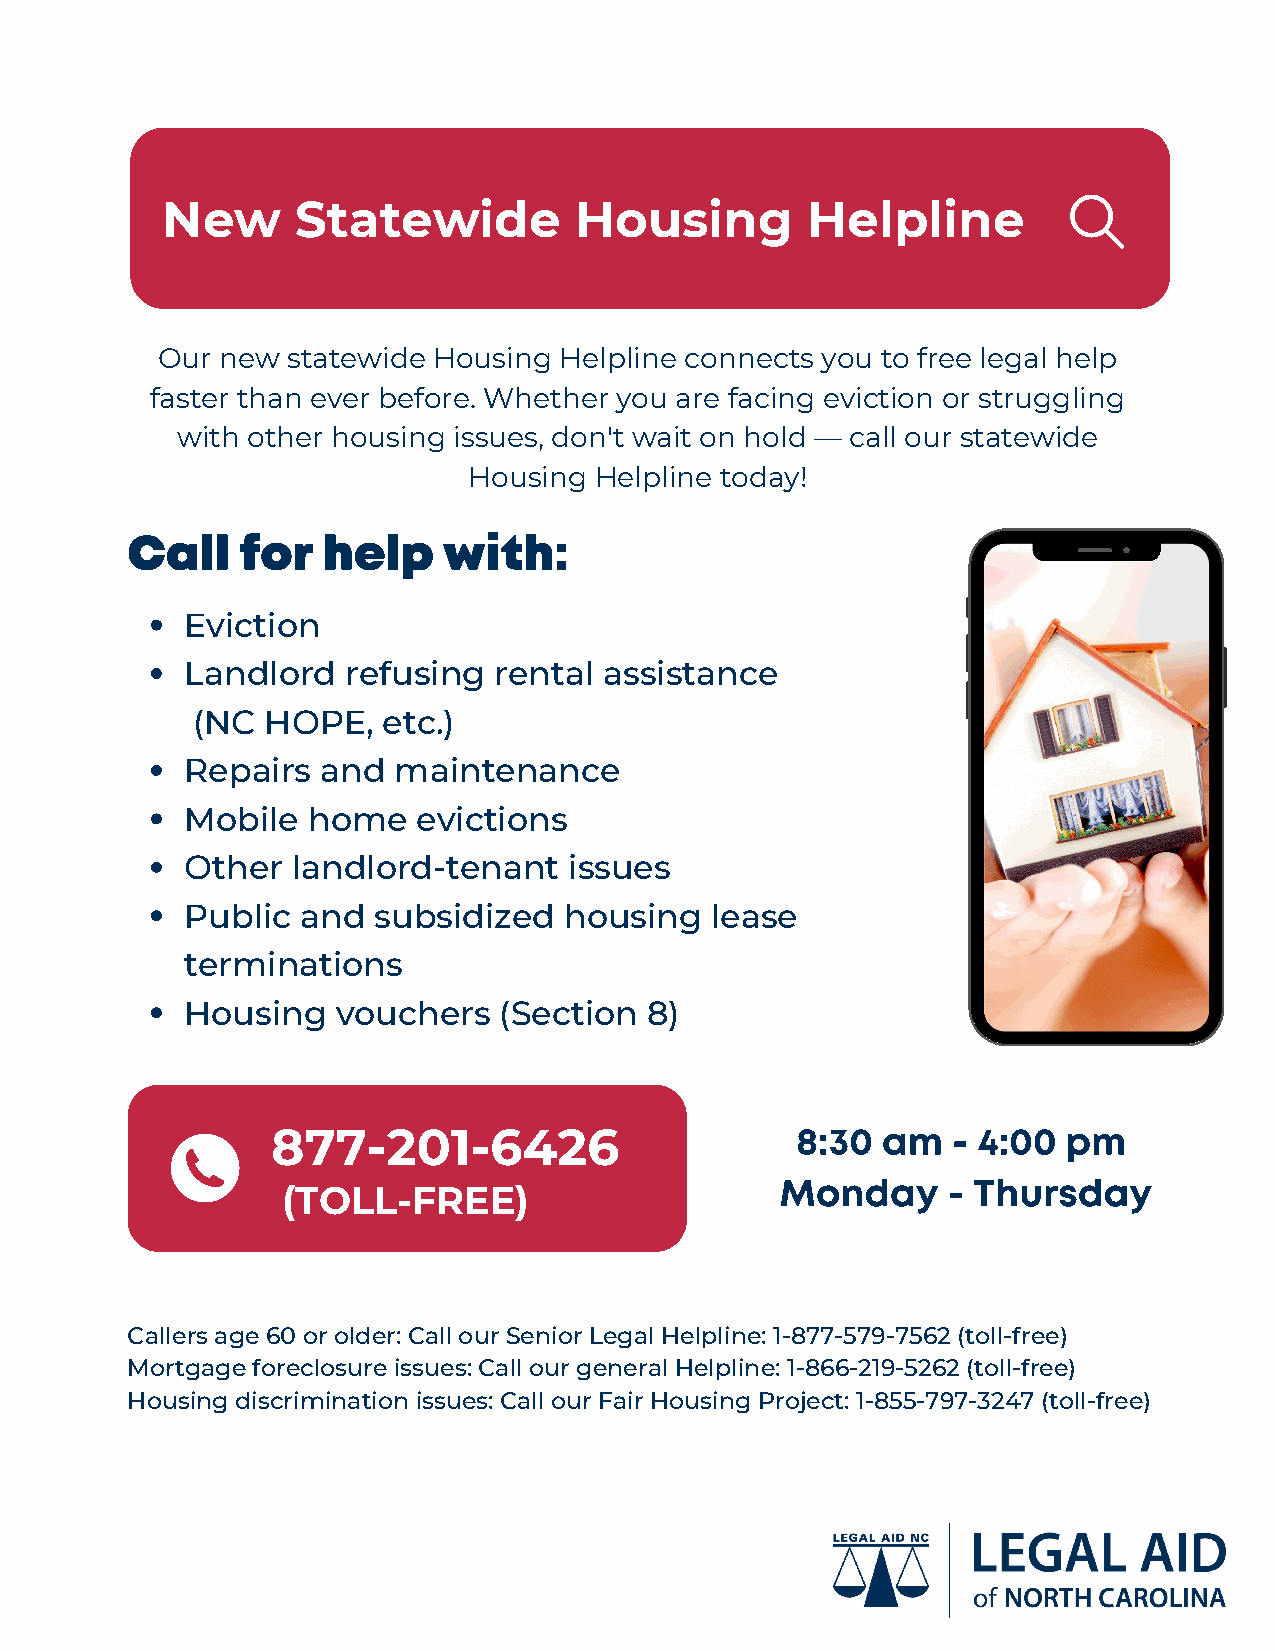
New      Statewide         Housing        Helpline
 Our new  statewide Housing Helpline connects you to free legal help
 faster than ever before. Whether you are facing eviction or struggling
 with other housing issues, don't wait on hold — call our statewide
 Housing Helpline today!
 Call    for  help    with:
 Eviction
 Landlord   refusing  rental assistance
 (NC  HOPE,  etc.)
 Repairs  and  maintenance
 Mobile  home    evictions
 Other  landlord-tenant    issues
 Public  and  subsidized  housing   lease
 terminations
 Housing   vouchers   (Section  8)
 8:30 am   - 4:00  pm
 877-201-6426
 Monday     - Thursday
 (TOLL-FREE)
 Callers age 60 or older: Call our Senior Legal Helpline: 1-877-579-7562 (toll-free)
 Mortgage foreclosure issues: Call our general Helpline: 1-866-219-5262 (toll-free)
 Housing discrimination issues: Call our Fair Housing Project: 1-855-797-3247 (toll-free)